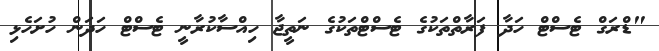
"ޑްރަގް ޓެސްޓް ހަދާ ފަރާތްތަކުގެ ޓެސްޓްތަކުގެ ނަތީޖާ ހިއްސާކުރާނީ ޓެސްޓް ހަދަން ހުށަހެޅި